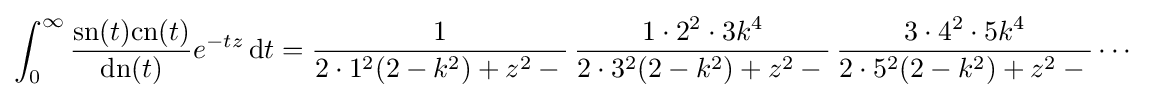
\int _{0}^{\infty }{\frac {{\textrm {sn}}(t){\textrm {cn}}(t)}{{\textrm {dn}}(t)}}e^{-tz}\,\mathrm {d} t={\frac {1}{2\cdot 1^{2}(2-k^{2})+z^{2}-{}}}\,{\frac {1\cdot 2^{2}\cdot 3k^{4}}{2\cdot 3^{2}(2-k^{2})+z^{2}-{}}}\,{\frac {3\cdot 4^{2}\cdot 5k^{4}}{2\cdot 5^{2}(2-k^{2})+z^{2}-{}}}\cdots